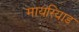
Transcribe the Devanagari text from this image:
मायरियाड